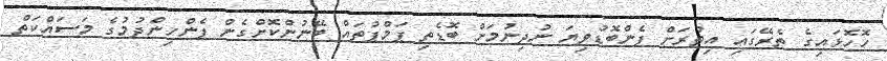
ހޮހޮޅައިގެ ތެރޭގައި އިތުރަށް ފެންބޮޑުވިޔަ ނުދިނުމަށް ބޮޑެތި ޕަމްޕުތައް ބޭނުންކޮށްގެން ފެންހިންދުމުގެ މަސައްކަތް